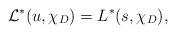
LaTeX: \begin{align*} \mathcal{L}^{*}(u,\chi_{D})=L^{*}(s,\chi_{D}),\end{align*}